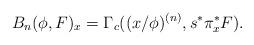
LaTeX: \begin{align*}B_n(\phi, F)_x = \Gamma_c((x/\phi)^{(n)}, s^* \pi_x^* F).\end{align*}